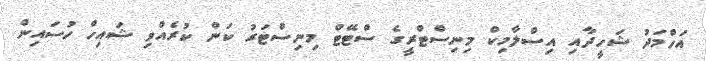
އަހްމަދު ޝަހީދާއި އިސްލާމިކް މިނިސްޓްރީގެ ސްޓޭޓް މިނިސްޓަރު ކަން ކުރެއްވި ޝައިހް ހުސައިން